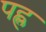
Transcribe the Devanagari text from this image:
पह्ल